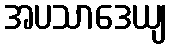
အပသာဒေယျ